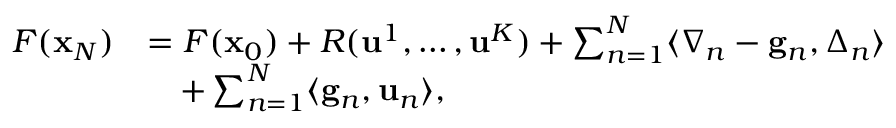
\begin{array} { r l } { F ( { \mathbf x } _ { N } ) } & { = F ( { \mathbf x } _ { 0 } ) + R ( \mathbf { u } ^ { 1 } , \dots , \mathbf { u } ^ { K } ) + \sum _ { n = 1 } ^ { N } \langle { \boldsymbol \nabla } _ { n } - \mathbf { g } _ { n } , { \boldsymbol \Delta } _ { n } \rangle } \\ & { \quad + \sum _ { n = 1 } ^ { N } \langle \mathbf { g } _ { n } , \mathbf { u } _ { n } \rangle , } \end{array}